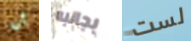
أن بجانبه لست